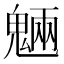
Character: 魎